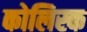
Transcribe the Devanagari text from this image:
कोलिस्क